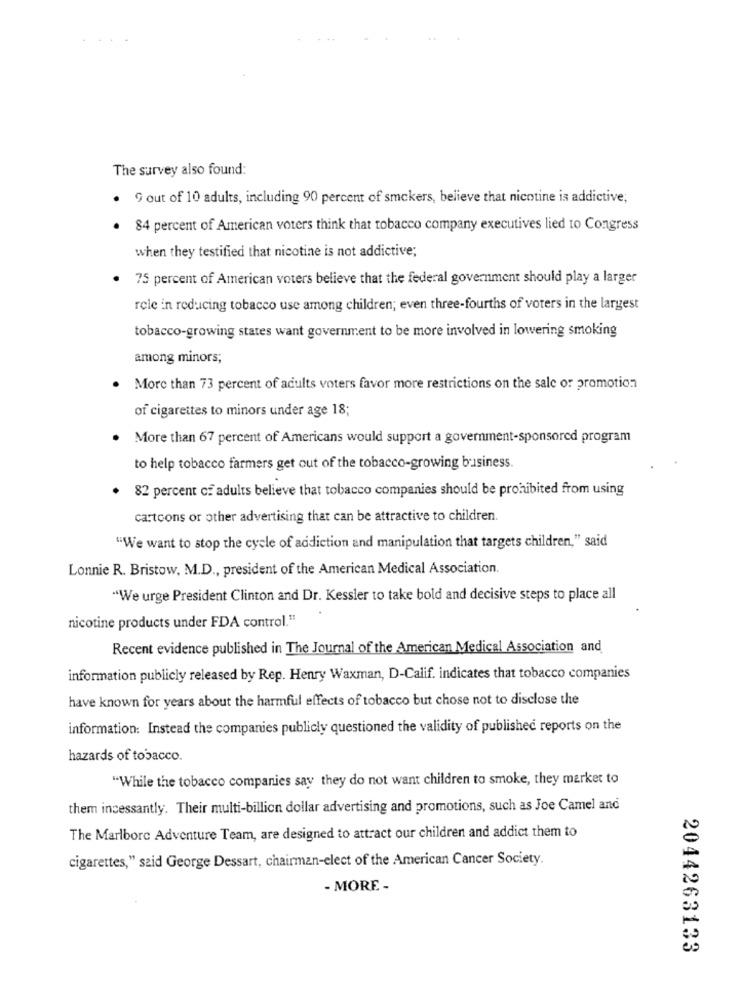
The survey also found:
. G out of 10 adults, including 90 percent of smokers, believe that nicotine is addictive;
. 84 percent of American voters think that tobacco company executives lied to Congress
when they testified that nicotine is not addictive;
. 75 percent of American voters believe that the federal government should play a larger
role in reducing tobacco use among children; even three-fourths of voters in the largest
tobacco-growing states want government to be more involved in lowering smoking
among minors;
More than 73 percent of adults voters favor more restrictions on the sale or promotion
of cigarettes to minors under age 18;
More than 67 percent of Americans would support a government-sponsored program
to help tobacco farmers get out of the tobacco-growing business.
. 82 percent of adults believe that tobacco companies should be prohibited from using
cartoons or other advertising that can be attractive to children.
"We want to stop the cycle of addiction and manipulation that targets children," said
Lonnie R. Bristow, M.D ., president of the American Medical Association.
"We urge President Clinton and Dr. Kessler to take bold and decisive steps to place all
nicotine products under FDA control.11
Recent evidence published in The Journal of the American Medical Association and
information publicly released by Rep. Henry Waxman, D-Calif. indicates that tobacco companies
have known for years about the harmful effects of tobacco but chose not to disclose the
information: Instead the companies publicly questioned the validity of published reports on the
hazards of tobacco.
"While the tobacco companies say they do not want children to smoke, they market to
them incessantly. Their multi-billion dollar advertising and promotions, such as Joe Camel and
The Marlboro Adventure Team, are designed to attract our children and addict them to
cigarettes," said George Dessart, chairman-elect of the American Cancer Society.
- MORE -
2044263133